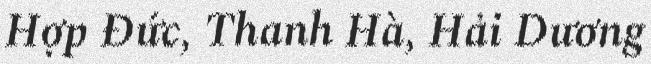
Hợp Đức, Thanh Hà, Hải Dương